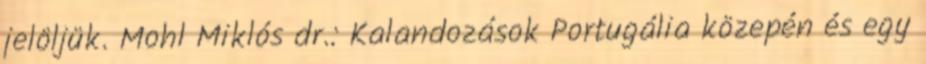
jelöljük. Mohl Miklós dr.: Kalandozások Portugália közepén és egy